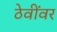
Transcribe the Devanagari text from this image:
ठेवींवर